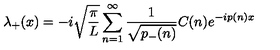
\lambda _ { + } ( x ) = - i \sqrt { { \frac { \pi } { L } } } \sum _ { n = 1 } ^ { \infty } { \frac { 1 } { \sqrt { p _ { - } ( n ) } } } C ( n ) e ^ { - i p ( n ) x }